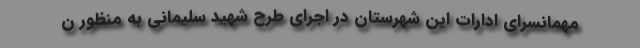
مهمانسرای ادارات این شهرستان در اجرای طرح شهید سلیمانی به منظور ن